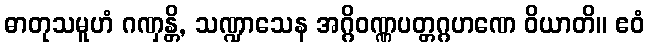
ဓာတုသမူဟံ ဂဏှန္တိ, သဏ္ဍာသေန အဂ္ဂိဝဏ္ဏပတ္တဂ္ဂဟဏေ ဝိယာတိ။ ဧဝံ